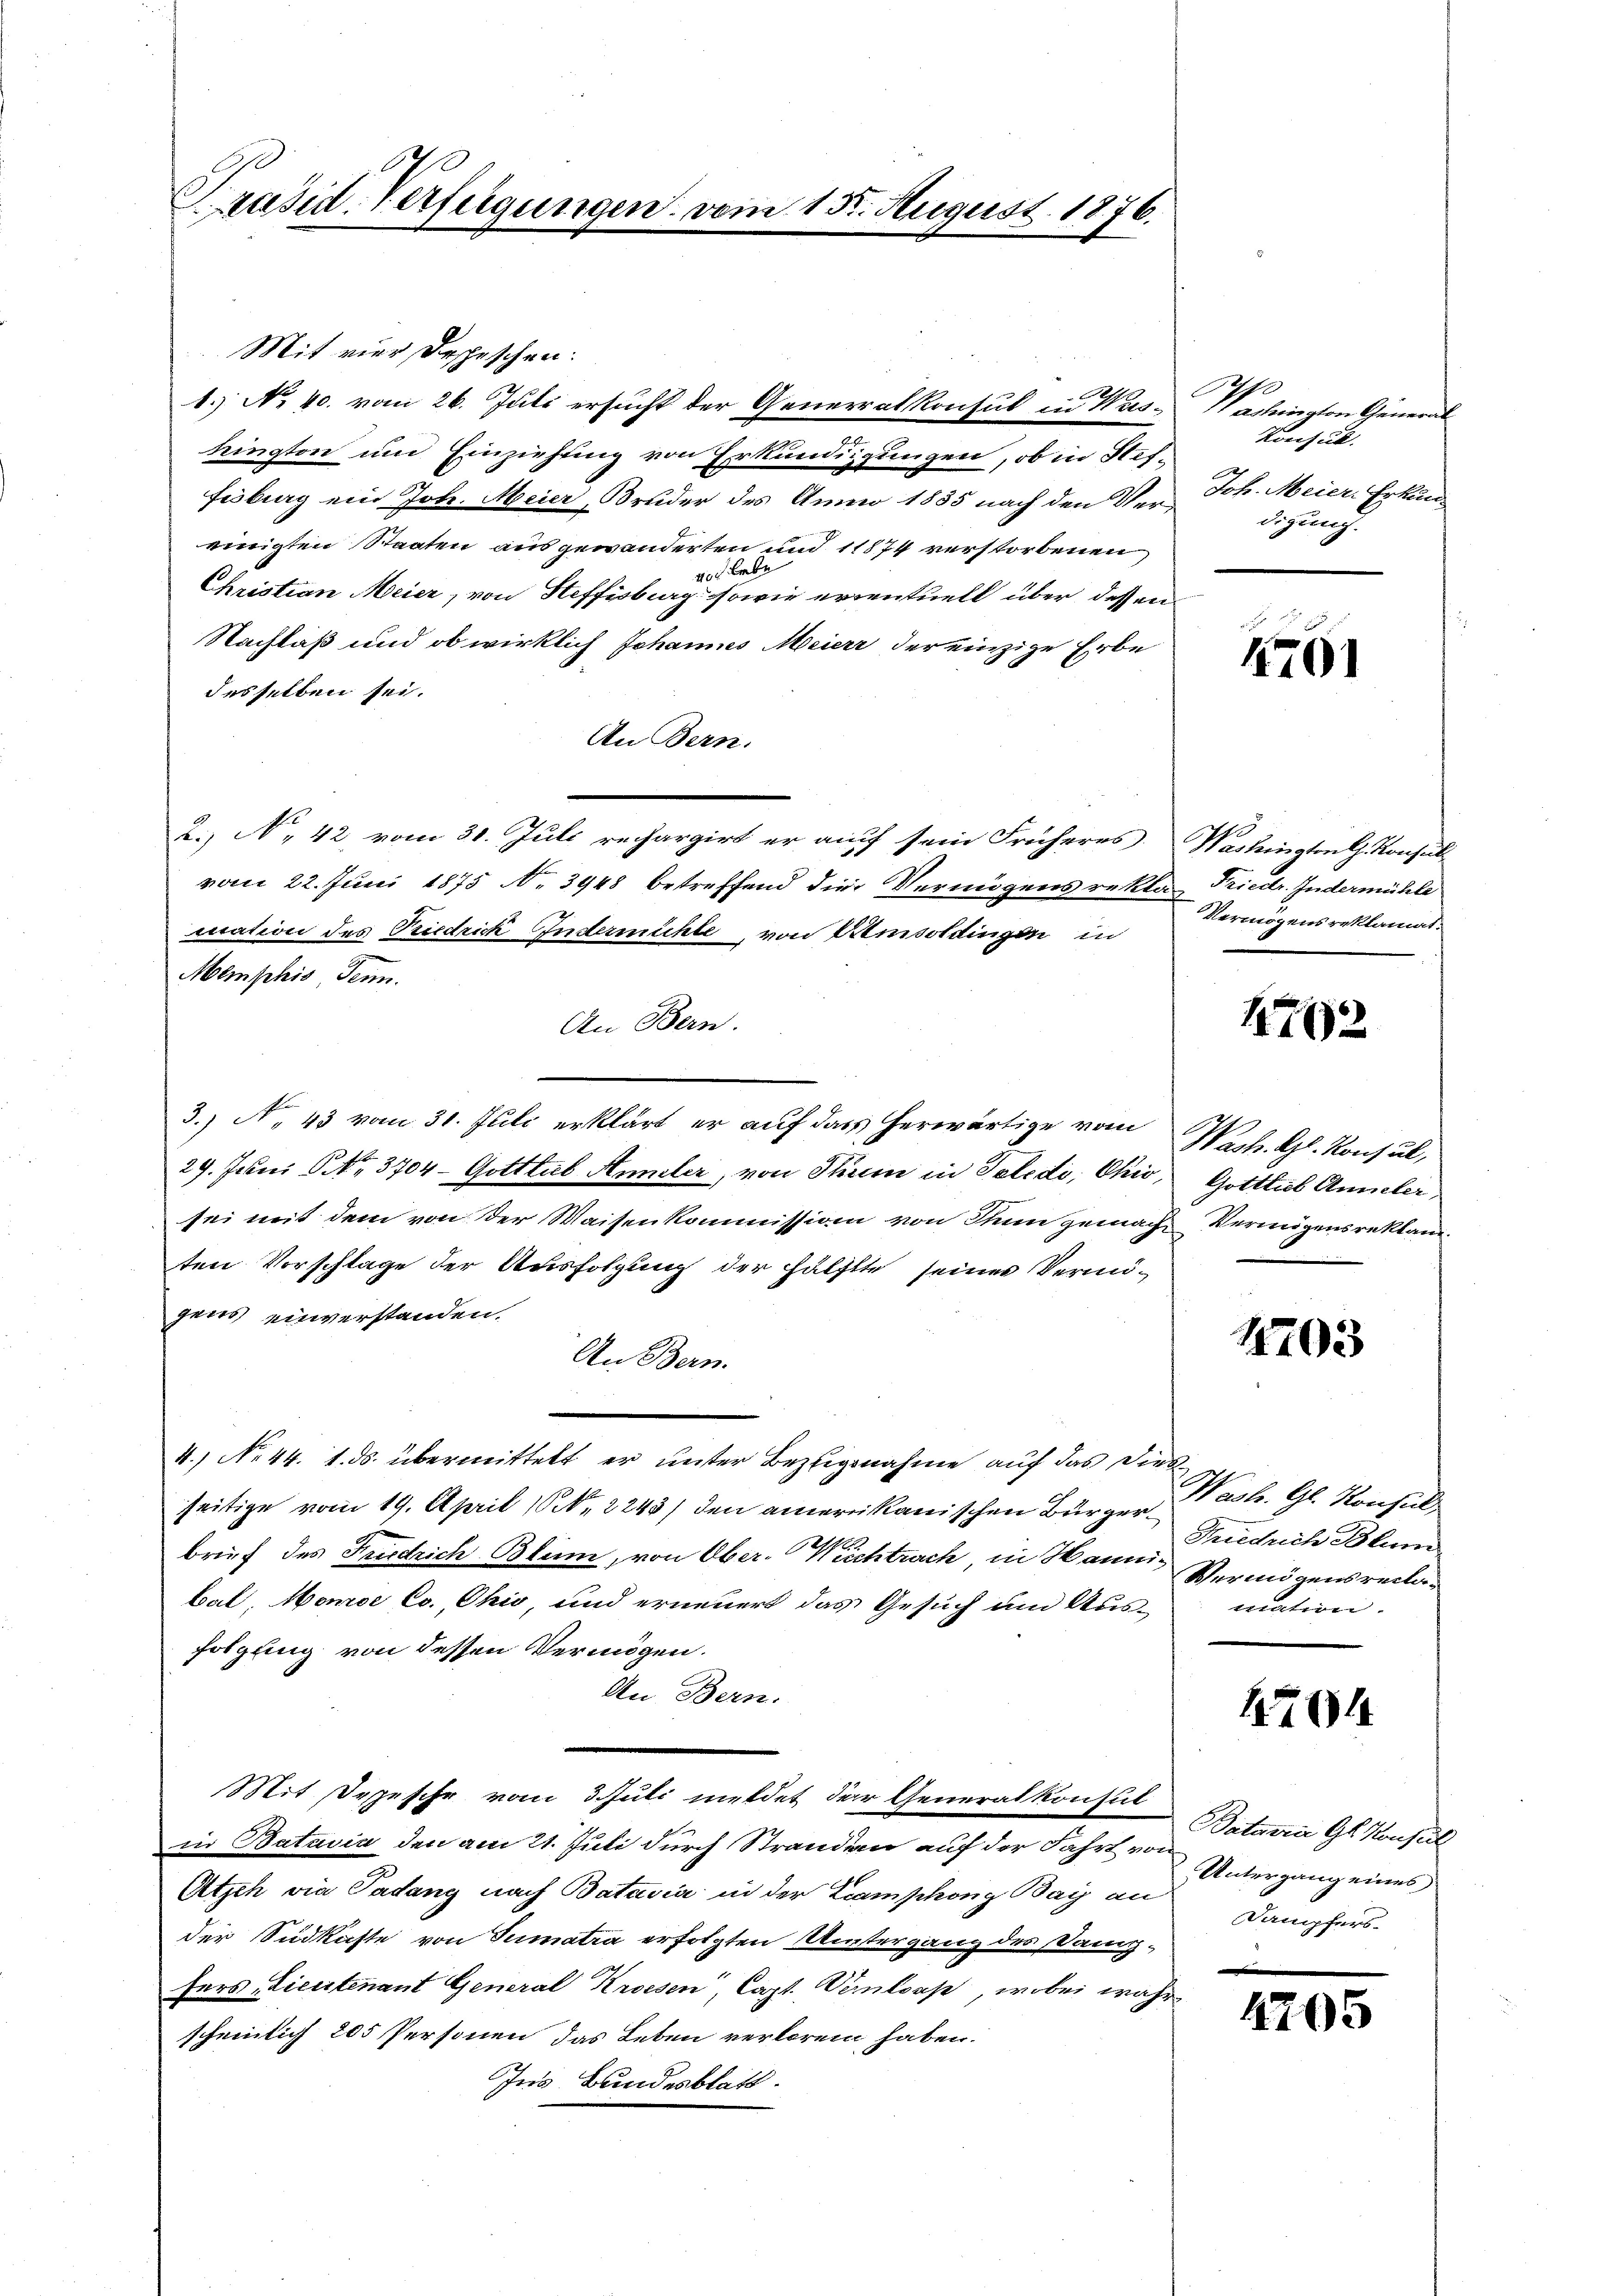
Präsid. Verfügungen vom 15t August 1876.

Mit vier Depeschen.
1.) No 40. vom 26. Juli ersucht der Generalkonsul in Washington um Einziehung von Erkundigungen, ob in Stiffisburg ein Joh. Meier, Bruder des Anno 1855 nach den Vereinigten Staaten ausgewanderten und 11874 verstorbenen
vo lebe
Christian Meier, von Steffisburg, sowie eventuell über dessen
Nachlaß und ob wirklich Johannes Meierr der einzige Erbe
desselben sei.
An Bern.
2.) No 42 vom 31. Juli rechargirt er auf sein Früheres Wachingten l. Konsul
vom 22. Juni 1875 No 3948 betreffend die Vermögens rekla Friedr. Indermühle
mation des Riedrich Indernichte, von Weisoldingen in
Memphis, Senn.
An Bern.
3.) No 43 vom 31. Juli erklärt, er auf das herwärtige vom Wach. Kl. Konsul,
29. Juni NNo. 3704 - Gotttub Annuler, von Thum in Teledo, Ohio, Gottlieb Anmeler,
sei mit dem von der Waisenkommission von Thun gemache Vermögensreklami
ten Vorschlage der Ausfolgung der hälfte seines Vermö-
gens einverstanden.
An Bern.
4.) No 44. 1. ds. übermittelt er unter Bezugnahme auf das diesseitige vom 19. April (N. 2243) den amerikanischen Bürgerbrief des Friedrich Blin, von Ober-Weichtrach, in Hanni- Vermögensreclabal, Monde Co. Ohio, und erneuert das Gesuch um Aus-mation.
folgung von dessen Vermögen.
An Bern.
Mit Depesche vom 3. Juli meldet der Generalkonsul
in Batavia den am 21. Juli durch Stranden auf der Fahrt von
Atsch via Padung nach Batavia in der Zcamphong Bay an
der Südkaste von Sumatra erfolgten Untergang des Damp-
fers, Lieutenant General Kroesen, Capt. Verloos, wobei währ
scheinlich 205 Personen das Leben verloren haben.
Ins Bundesblatt.

Sacherigen Gener
Konsul
h
Joh. Meier Erkun
digung.

4761

Vermögensreklamat.

1702

1703

Wast. Gl. Konsul
Friedrich Blum

1764

Bataria Gl. Konsul
Untergang eines
Dampfers.

4705